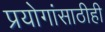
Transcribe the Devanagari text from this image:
प्रयोगांसाठीही